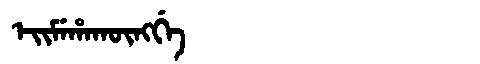
Manchu: ᡝᡳᠮᡝᡥᠠᡴᡡᠩᡤᡝ
Romanization: EIMEHAKŪNGGE